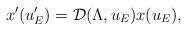
LaTeX: \begin{align*}x'(u_E') = \mathcal{D}(\Lambda, u_E) x(u_E),\end{align*}